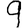
Digit: 9